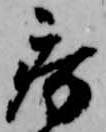
病